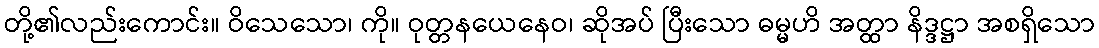
တို့၏လည်းကောင်း။ ဝိသေသော၊ ကို။ ဝုတ္တနယေနေဝ၊ ဆိုအပ် ပြီးသော ဓမ္မဟိ အတ္ထာ နိဒ္ဒဋ္ဌာ အစရှိသော